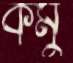
কমু